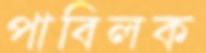
পাবিলক